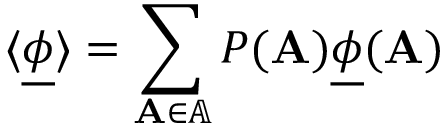
\langle \underline { { \phi } } \rangle = \sum _ { \mathbf { A } \in \mathbb { A } } P ( \mathbf { A } ) \underline { { \phi } } ( \mathbf { A } )